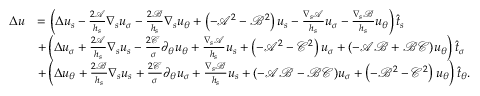
\begin{array} { r l } { \Delta u } & { = \left( \Delta u _ { s } - \frac { 2 \mathcal { A } } { h _ { s } } \nabla _ { s } u _ { \sigma } - \frac { 2 \mathcal { B } } { h _ { s } } \nabla _ { s } u _ { \theta } + \left( - \mathcal { A } ^ { 2 } - \mathcal { B } ^ { 2 } \right) u _ { s } - \frac { \nabla _ { s } \mathcal { A } } { h _ { s } } u _ { \sigma } - \frac { \nabla _ { s } \mathcal { B } } { h _ { s } } u _ { \theta } \right) \widehat { t } _ { s } } \\ & { + \left( \Delta u _ { \sigma } + \frac { 2 \mathcal { A } } { h _ { s } } \nabla _ { s } u _ { s } - \frac { 2 \mathcal { C } } { \sigma } \partial _ { \theta } u _ { \theta } + \frac { \nabla _ { s } \mathcal { A } } { h _ { s } } u _ { s } + \left( - \mathcal { A } ^ { 2 } - \mathcal { C } ^ { 2 } \right) u _ { \sigma } + ( - \mathcal { A } \mathcal { B } + \mathcal { B } \mathcal { C } ) u _ { \theta } \right) \widehat { t } _ { \sigma } } \\ & { + \left( \Delta u _ { \theta } + \frac { 2 \mathcal { B } } { h _ { s } } \nabla _ { s } u _ { s } + \frac { 2 \mathcal { C } } { \sigma } \partial _ { \theta } u _ { \sigma } + \frac { \nabla _ { s } \mathcal { B } } { h _ { s } } u _ { s } + ( - \mathcal { A } \mathcal { B } - \mathcal { B } \mathcal { C } ) u _ { \sigma } + \left( - \mathcal { B } ^ { 2 } - \mathcal { C } ^ { 2 } \right) u _ { \theta } \right) \widehat { t } _ { \theta } . } \end{array}